Civil Veterinary Dept. Bombay admin report 1907-1913 - 1907-1913
Year: 1907
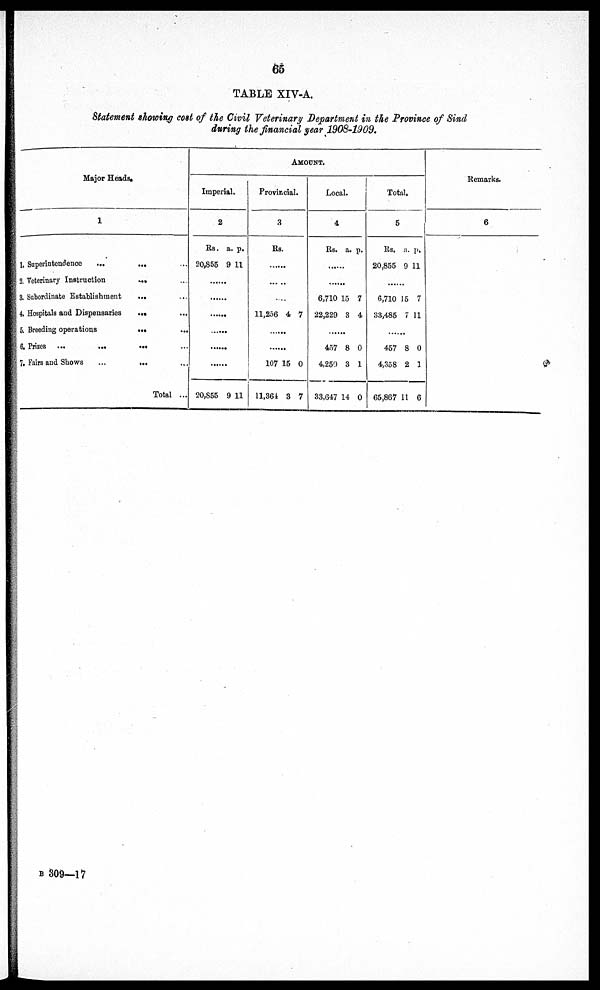
65
TABLE XIV-A.
Statement showing cost of the Civil Veterinary Department in the Province of Sind
during the financial year 1908-1909.
Major Heads.
1
1. Superintendence
...
... ...
2. Veterinary Instruction
...
...
3. Subordinate Establishment
... ...
4. Hospitals and Dispensaries ... ...
5. Breeding operations ... ...
6. Prizes ...
...
...
...
7. Fairs and Shows
...
... ...
Total ...
AMOUNT.
Imperial.
2
Rs.
20,856
......
......
......
......
......
......
20,855
a.
9
9
p.
11
11
Provincial.
3
Rs
.
......
. ..
11,256
......
......
107
11,364
4
15
3
7
0
7
Local.
4
Rs.
......
......
6,710
22,229
......
457
4,250
33,647
a.
15
3
8
3
14
p.
7
4
0
1
0
Total.
5
Rs.
20,855
......
6,710
33,485
......
457
4,358
65,867
a.
9 11
15
7
8
2
11
p.
7
11
0
1
6
Remarks.
6
B 309—17